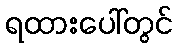
ရထားပေါ်တွင်